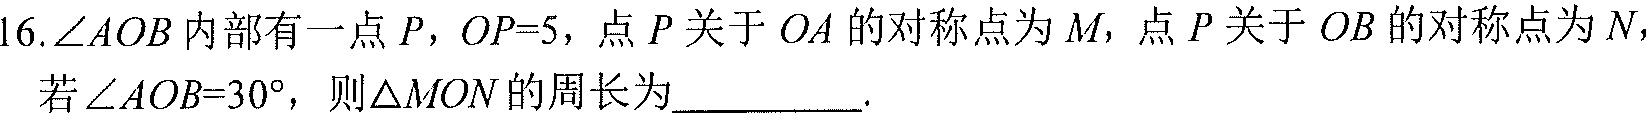
16.\(\angle AOB\)内部有一点\(P\)，\(OP = 5\)，点\(P\)关于\(OA\)的对称点为\(M\)，点\(P\)关于\(OB\)的对称点为\(N\)，若\(\angle AOB = 30^{\circ}\)，则\(\triangle MON\)的周长为_________.